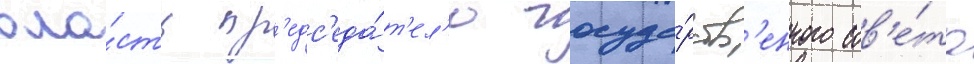
вла́сть пр'едс'еда́т'ел'ю госуда́рств'енного сов'е́та